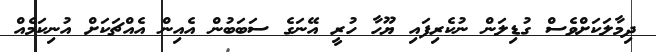
ދިމާލަކަށްވެސް ގުޑިލަން ނުކެރިފައި ޔޫހާ ހުރީ އޭނަގެ ސަބަބުން އެއިން އެއްޗަކަށް އުނިކަމެއް